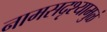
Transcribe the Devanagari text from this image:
नामसद्रृश्यामुळं